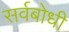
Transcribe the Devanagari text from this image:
सर्वबोधी